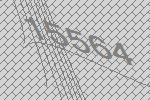
15564